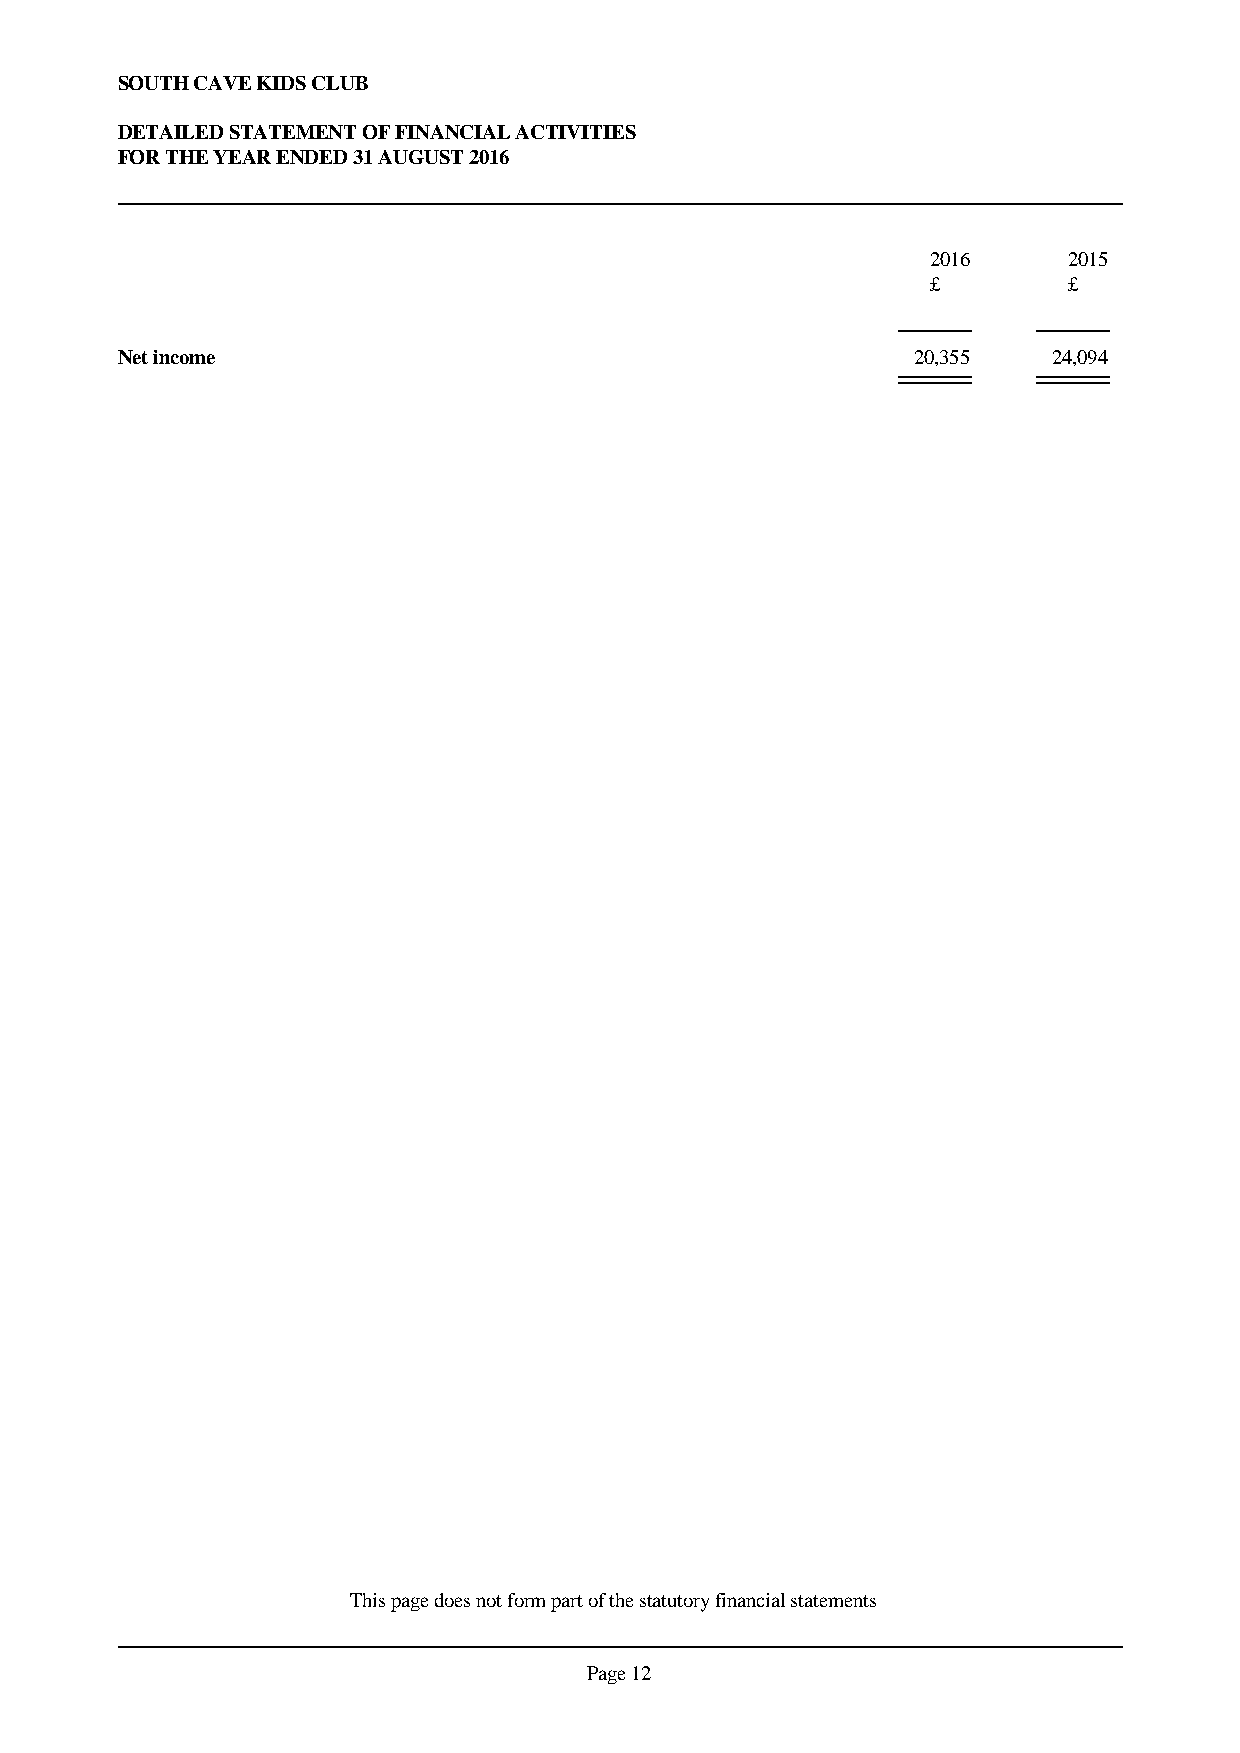
SOUTH CAVE KIDS CLUB
 DETAILED STATEMENT OF FINANCIAL ACTIVITIES
 FOR THE YEAR ENDED 31 AUGUST 2016
 2016     2015
 £        £
 Net income                                          20,355    24,094
 This page does not form part of the statutory financial statements
 Page 12